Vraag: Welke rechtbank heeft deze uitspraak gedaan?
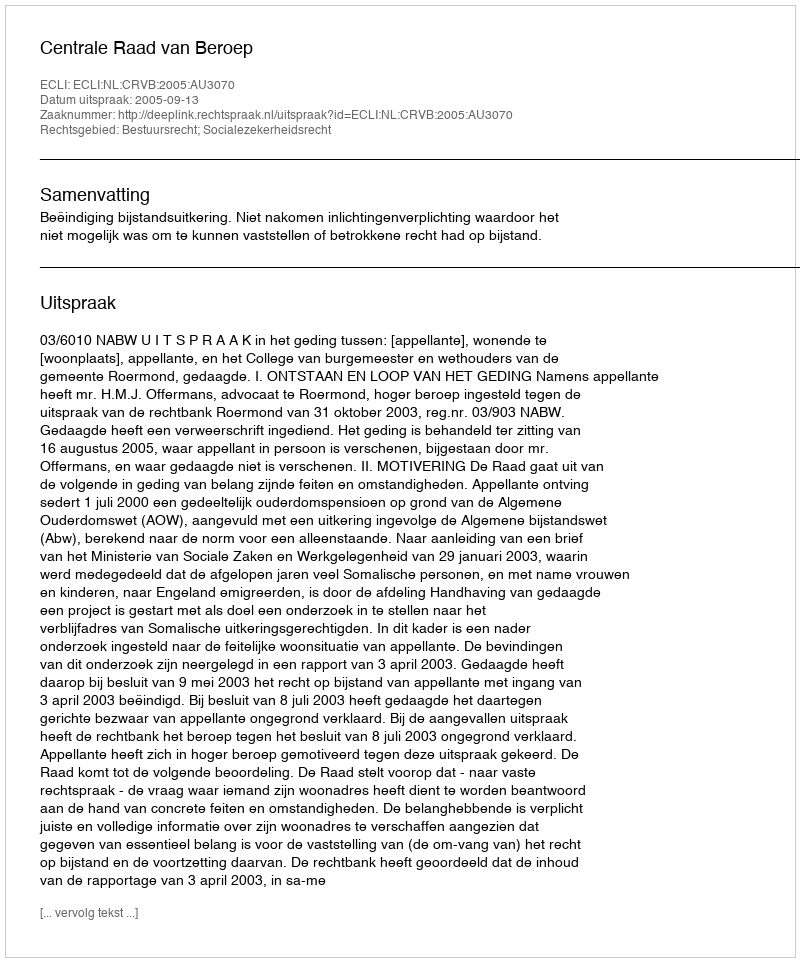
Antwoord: Centrale Raad van Beroep